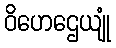
ဝိဟေဌေယျုံ